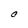
Character: C